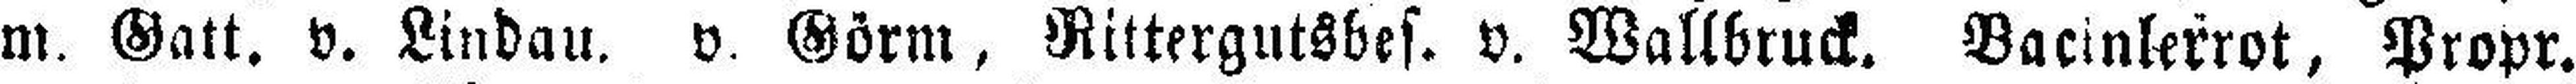
m. Gatt. v. Lindau, v. Görm, Rittergutsbes. v. Wallbruck. Bacinlerrot, Propr.